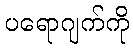
ပရောဂျက်ကို